Lunatic asylums Punjab 1881-1894 - 1881-1894
Year: 1881
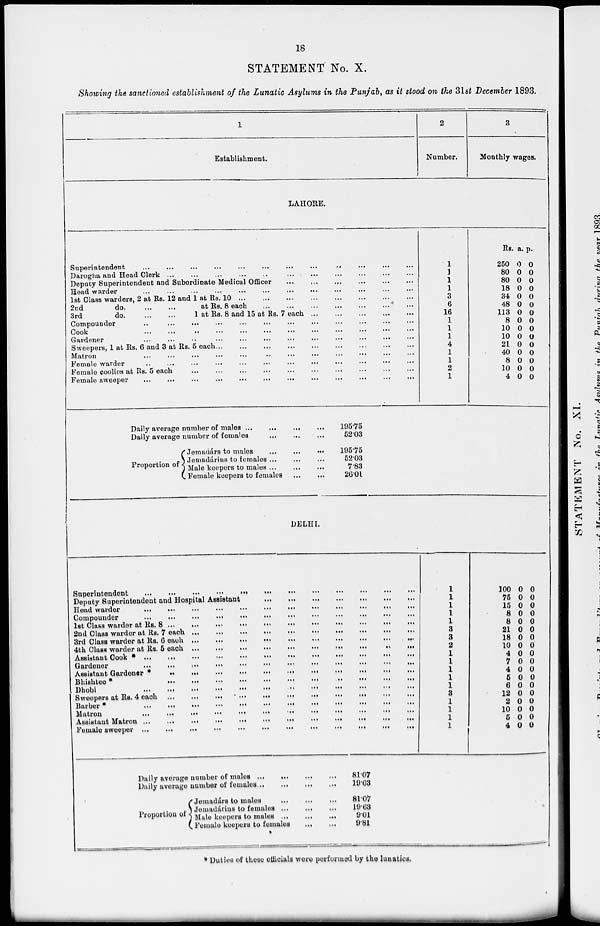
18
STATEMENT No. X.
Showing the sanctioned establishment of the Lunatic Asylums in the Punjabi, as it stood on the 31st December 1893.
1
Establishment.
2
Number.
3
Monthly wages.
LAHORE.
Superintendent
... ... ... ...
...
...
...
...
...
...
...
...
Darogha and Head Clerk
...
...
...
...
...
...
...
...
...
...
...
Deputy Superintendent and Subordinate Medical Officer
...
...
...
... ... ... ...
Head warder
... ... ... ... ... ... ... ...
1st Class warders, 2 at Rs. 12 and 1 at Rs. 10
...
...
...
...
...
...
...
... ...
2nd
do.
...
...
at Rs. 8 each
...
...
...
...
...
...
...
3rd
do.
...
...
1 at Rs. 8 and 15 at Rs. 7 each. ... ... ... ... ...
...
Compounder
... ... ... ... ... ... ... ... ... ... ... ... ...
Cook
...
...
...
...
...
...
...
...
...
...
...
Gardener ... ... ... ... ... ... ... ... ... ... ... ...
Sweepers, 1 at Rs. 6 and 3 at Rs. 5 each ... ... ... ... ... ... ... ... ...
Matron
...
...
...
...
...
...
...
...
...
...
...
...
Female warder
...
...
...
...
...
...
...
Female coolies at Rs. 5 each
...
...
...
... ... ... ... ... ... ...
Female sweeper
...
... ... ... ... ... ... ... ... ... ... ...
Daily average number of males
...
...
...
...
Daily average number of females ... ... ...
Proportion of
Jemadárs to males ... ... ...
Jemadárins to females ... ... ...
Male keepers to males ... ... ...
Female keepers to females
...
...
195.75
52.03
195.75
52.03
7.83
26.01
1
1
1
1
3
6
16
1
1
1
4
1
1
2
1
Rs.
250
80
80
18
34
48
113
8
10
10
21
40
8
10
4
a.
0
0
0
0
0
0
0
0
0
0
0
0
0
0
0
p.
0
0
0
0
0
0
0
0
0
0
0
0
0
0
0
DELHI.
Superintendent
...
... ... ... ... ... ... ... ... ... ... ...
Deputy Superintendent and Hospital Assistant ... ... ... ... ... ... ... ... ... ... ...
Head warder
...
...
... ... ... ... ... ... ... ... ...
Compounder ... .... ... ... ... ... ... ... ... ... ...
1st Class warder at Rs. 8 ...
...
...
...
...
...
...
...
...
...
...
2nd Class warder at Rs. 7 each ...
...
...
...
...
...
...
...
3rd Class warder at Rs. 6 each ...
...
...
...
...
...
...
...
...
...
4th Class warder at Rs. 5 each ...
...
... ... ... ... ... ... ...
Assistant Cook * ...
...
... ... ... ... ... ... ... ...
Gardener
...
... ... ... ... ... ... ... ... ... ...
Assistant Gardener *
...
...
...
...
...
...
...
...
...
...
...
Bhishtee * ... ... ... ... ... ... ... ... ... ...
Dhobi
... ... ... ... ... ... ... ... ... ... ...
Sweepers at Rs. 4 each ...
...
... ... ... ... ... ... ... ...
Barber *
...
... ... ... ... ... ... ... ... ... ...
Matron
...
... ... ... ... ... ... ... ... ... ...
Assistant Matron ...
... ... ... ... ... ... ... ... ...
Female sweeper
...
...
...
...
...
...
...
...
...
...
...
Daily average number of males
...
...
...
...
Daily average number of females ... ... ... ...
Proportion of
Jemadárs to males
...
...
...
Jemadárins to females
...
...
...
Male keepers to males ... ... ...
Female keepers to females
...
...
81.07
19.03
81.07
19.63
9.01
9.81
1
1
1
1
1
3
3
2
100
75
15
8
8
21
18
10
4
7
4
5
6
12
2
10
5
4
0
0
0
0
0
0
0
0
0
0
0
0
0
0
0
0
0
0
0
0
0
0
0
0
0
0
0
0
0
0
0
0
0
0
0
0
* Duties of these officials were performed by the lunatics.